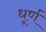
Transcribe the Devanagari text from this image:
धूर्ण